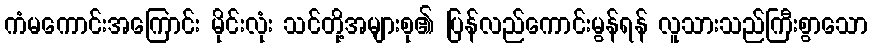
ကံမကောင်းအကြောင်း မိုင်းလုံး သင်တို့အများစု၏ ပြန်လည်ကောင်းမွန်ရန် လူသားသည်ကြီးစွာသော